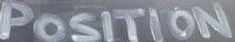
POSITION